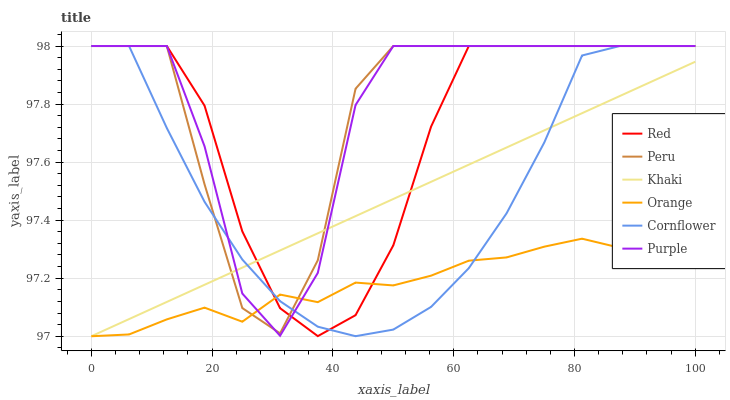
| xaxis_label | Red | Peru | Khaki | Orange | Cornflower | Purple |
 | --- | --- | --- | --- | --- | --- | --- |
 | 0 | 98 | 98 | 97 | 97 | 98 | 98 |
 | 6.25 | 98 | 98 | 97.1 | 97 | 98 | 98 |
 | 12.5 | 98 | 98 | 97.1 | 97.1 | 97.7 | 98 |
 | 18.8 | 97.8 | 97.5 | 97.2 | 97.1 | 97.5 | 97.7 |
 | 25 | 97.4 | 97.1 | 97.2 | 97.1 | 97.3 | 97.1 |
 | 31.2 | 97.1 | 97 | 97.3 | 97.1 | 97.1 | 97 |
 | 37.5 | 97 | 97.3 | 97.4 | 97.1 | 97 | 97.2 |
 | 43.8 | 97.1 | 97.9 | 97.4 | 97.2 | 97 | 97.8 |
 | 50 | 97.3 | 98 | 97.5 | 97.2 | 97 | 98 |
 | 56.2 | 97.7 | 98 | 97.5 | 97.2 | 97.1 | 98 |
 | 62.5 | 98 | 98 | 97.6 | 97.3 | 97.2 | 98 |
 | 68.8 | 98 | 98 | 97.7 | 97.3 | 97.4 | 98 |
 | 75 | 98 | 98 | 97.7 | 97.3 | 97.7 | 98 |
 | 81.2 | 98 | 98 | 97.8 | 97.3 | 98 | 98 |
 | 87.5 | 98 | 98 | 97.8 | 97.3 | 98 | 98 |
 | 93.8 | 98 | 98 | 97.9 | 97.3 | 98 | 98 |
 | 100 | 98 | 98 | 97.9 | 97.4 | 98 | 98 |